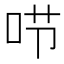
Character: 𠰱